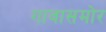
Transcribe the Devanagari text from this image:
गावासमोर